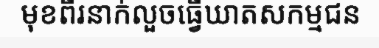
មុខពីរនាក់លួចធ្វើឃាតសកម្មជន